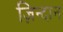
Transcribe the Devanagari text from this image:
ज़िन्दान